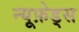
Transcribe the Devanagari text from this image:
न्यूफ़ेड्स